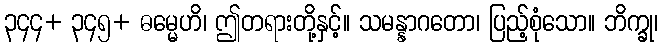
၃၄၄+ ၃၄၅+ ဓမ္မေဟိ၊ ဤတရားတို့နှင့်။ သမန္နာဂတော၊ ပြည့်စုံသော။ ဘိက္ခု၊